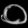
Digit: ၀